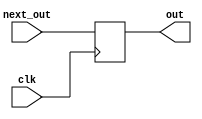
//define state by one-hot
`define SWIDTH 10
`define state_reset1 10'b10_0000_0000
`define state1 10'b01_0000_0000
`define state2 10'b00_1000_0000
`define state3 10'b00_0100_0000
`define state4 10'b00_0010_0000
`define state5 10'b00_0001_0000
`define state6 10'b00_0000_1000
`define state7 10'b00_0000_0100
`define state8 10'b00_0000_0010
`define state9 10'b00_0000_0001

module DFF(clk, next_out, out);
  parameter n = 1;
  input clk;
  input [n-1:0] next_out;
  output reg [n-1:0] out;
  always@(posedge clk) begin
      out <= next_out;
  end
endmodule

module PD(clk, rst_n, data, flag, addr, fin);
    input clk;
    input rst_n;
    input [9:0]data;
    output flag;
    output [9:0]addr;
    output fin;

    wire [`SWIDTH-1:0] state;
    wire [`SWIDTH-1:0] next_state;
    reg [`SWIDTH-1:0] next_state1;
    reg flag;
    reg fin;
    wire [9:0]addr;
    wire [9:0] next_addr;
    reg [9:0] next_addr1;
    wire [9:0] length;
    reg [9:0] next_length;

    DFF #(`SWIDTH) DFF0(clk, next_state, state);
    DFF #(10) DFF1(clk, next_length, length);
    DFF #(10) DFF2(clk, next_addr, addr);


    always @(*) begin
      next_state1 = state;
      next_addr1 = addr;
      next_length = length;

      case(state)

        `state_reset1: begin
            next_length = data;
            next_addr1 = 10'b00_0000_0000;
            flag = 1'b0;
            next_state1 = `state1;
            fin = 1'b0;
        end

        `state1: begin
            next_state1 = (data[0]==0)? `state1 : `state2;
            flag = 1'b0;
            next_addr1 = addr + 10'b0000000001;
            next_length = length;
            fin = (addr > length)? 1'b1 : 1'b0;
            //length = length - 10'd1;
        end

        `state2: begin
            next_state1 = (data[0]==0)? `state1 : `state3;
            flag = 1'b0;
            next_addr1 = addr + 10'b0000000001;
            next_length = length;
            fin = (addr > length)? 1'b1 : 1'b0;
            //length = length - 10'd1;
        end

        `state3: begin
            next_state1 = (data[0]==0)? `state4 : `state3;
            flag = 1'b0;
            next_addr1 = addr + 10'b0000000001;
            next_length = length;
            fin = (addr > length)? 1'b1 : 1'b0;
            //length = length - 10'd1;
        end

        `state4: begin
            next_state1 = (data[0]==0)? `state5 : `state2;
            flag = 1'b0;
            next_addr1 = addr + 10'b0000000001;
            next_length = length;
            fin = (addr > length)? 1'b1 : 1'b0;
            //length = length - 10'd1;
        end

        `state5: begin
            next_state1 = (data[0]==0)? `state1 : `state6;
            flag = 1'b0;
            next_addr1 = addr + 10'b0000000001;
            next_length = length;
            fin = (addr > length)? 1'b1 : 1'b0;
            //length = length - 10'd1;
        end

        `state6: begin
            next_state1 = (data[0]==0)? `state7 : `state3;
            flag = 1'b0;
            next_addr1 = addr + 10'b0000000001;
            next_length = length;
            fin = (addr > length)? 1'b1 : 1'b0;
            //length = length - 10'd1;
        end

        `state7: begin
            next_state1 = (data[0]==0)? `state5 : `state8;
            flag = 1'b0;
            next_addr1 = addr + 10'b0000000001;
            next_length = length;
            fin = (addr > length)? 1'b1 : 1'b0;
            //length = length - 10'd1;
        end

        `state8: begin
            next_state1 = (data[0]==0)? `state9 : `state3;
            flag = (data[0]==0)? 1'b1 : 1'b0;
            next_addr1 = addr + 10'b0000000001;
            next_length = length;
            fin = (addr > length)? 1'b1 : 1'b0;
            //length = length - 10'd1;
        end

        `state9: begin
            next_state1 = (data[0]==0)? `state1 : `state2;
            flag = 1'b0;
            next_addr1 = addr + 10'b0000000001;
            next_length = length;
            fin = (addr > length)? 1'b1 : 1'b0;
            //length = length - 10'd1;
        end

        default: begin
        end

      endcase
    end

    //reset
    assign next_state = (rst_n==0)? `state_reset1 : next_state1;
    assign next_addr = (rst_n==0)? 10'b1111111111 : next_addr1;
    //code here
endmodule